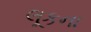
લૂકના